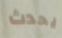
يحدث